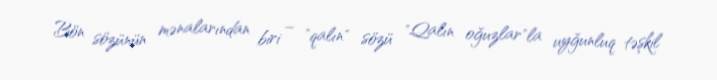
Bön sözünün mənalarından biri – "qalın" sözü "Qalın oğuzlar"la uyğunluq təşkil